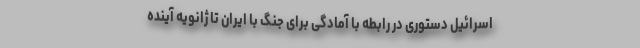
اسرائیل دستوری در رابطه با آمادگی برای جنگ با ایران تا ژانویه آینده